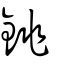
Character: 銚